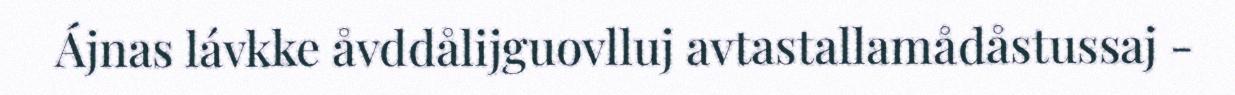
Ájnas lávkke åvddålijguovlluj avtastallamådåstussaj -